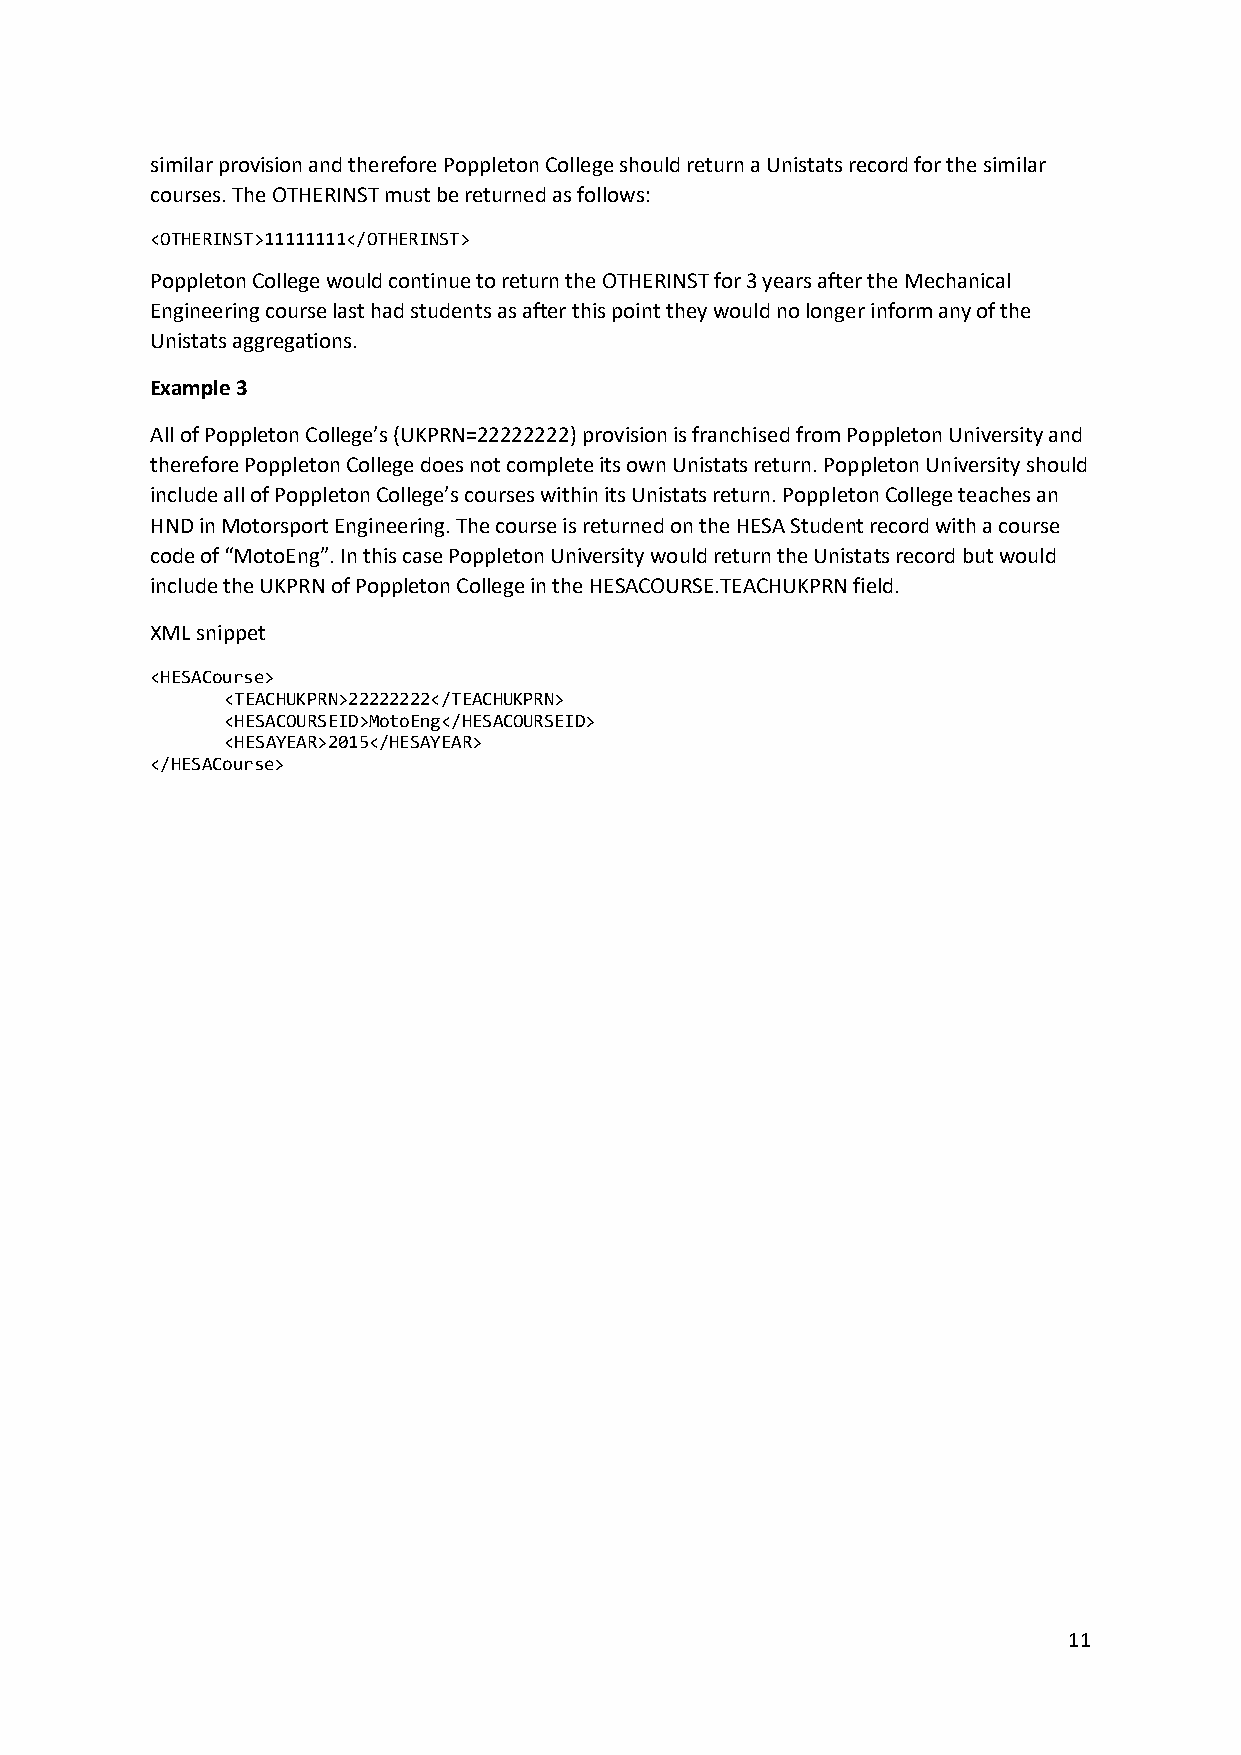
similar provision and therefore Poppleton College should return a Unistats record for the similar
 courses. The OTHERINST must be returned as follows:
 <OTHERINST>11111111</OTHERINST>
 Poppleton College would continue to return the OTHERINST for 3 years after the Mechanical
 Engineering course last had students as after this point they would no longer inform any of the
 Unistats aggregations.
 Example 3
 All of Poppleton College’s (UKPRN=22222222) provision is franchised from Poppleton University and
 therefore Poppleton College does not complete its own Unistats return. Poppleton University should
 include all of Poppleton College’s courses within its Unistats return. Poppleton College teaches an
 HND in Motorsport Engineering. The course is returned on the HESA Student record with a course
 code of “MotoEng”. In this case Poppleton University would return the Unistats record but would
 include the UKPRN of Poppleton College in the HESACOURSE.TEACHUKPRN field.
 XML snippet
 <HESACourse>
 <TEACHUKPRN>22222222</TEACHUKPRN>
 <HESACOURSEID>MotoEng</HESACOURSEID>
 <HESAYEAR>2015</HESAYEAR>
 </HESACourse>
 11